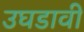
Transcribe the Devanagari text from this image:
उघडावी